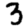
Digit: 3